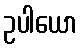
ဥပါယော